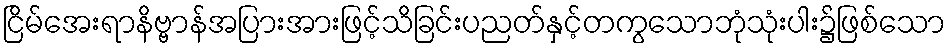
ငြိမ်အေးရာနိဗ္ဗာန်အပြားအားဖြင့်သိခြင်းပညတ်နှင့်တကွသောဘုံသုံးပါး၌ဖြစ်သော